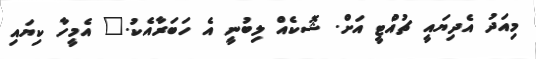
މިއަދު އެދިޔައީ ޗުއްޓީ އަށް. ޝޮކެއް ލިބުނީ އެ ހަބަރާއެކު." އެމީހާ ކިޔައި